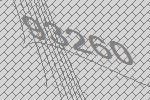
93260